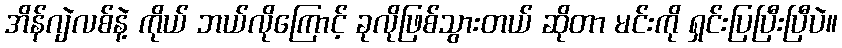
အိန်ဂျဲလစ်နဲ့ ကိုယ် ဘယ်လိုကြောင့် ခုလိုဖြစ်သွားတယ် ဆိုတာ မင်းကို ရှင်းပြပြီးပြီပဲ။